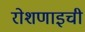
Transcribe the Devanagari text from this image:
रोशणाइची